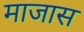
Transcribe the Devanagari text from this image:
माजास